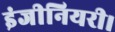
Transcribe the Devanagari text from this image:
इंजीनियरी।